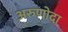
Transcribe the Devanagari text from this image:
अरुणोदा